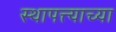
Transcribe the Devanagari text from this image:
स्थापत्त्याच्या